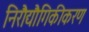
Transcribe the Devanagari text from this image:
निरौद्यौगिकीकरण